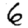
Digit: 6